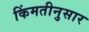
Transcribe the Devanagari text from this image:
किंमतीनुसार